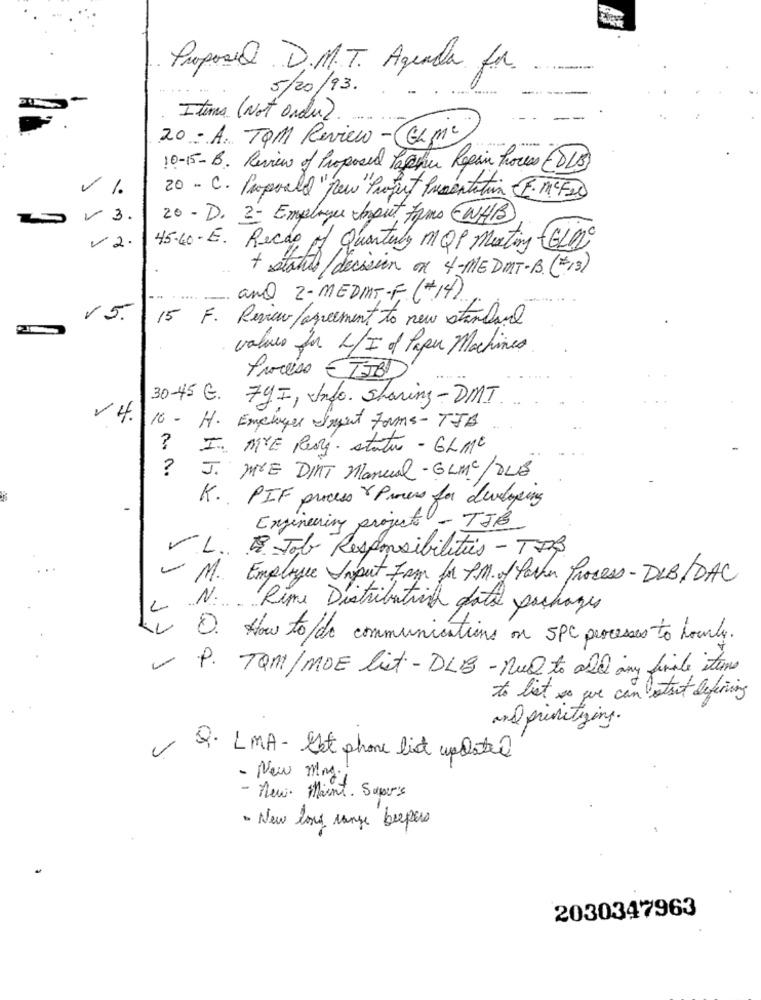
Proposed D. M.T. Agenda for
5/20/93.
Items (Not order).
20 - A. TOM Review -(GLMC)
10-15-B. Review of Proposed Pachu Repair houses (DLB)
1.
20 - C. Papoold "New Project Presentation F.MCFAD
3.
20 - D. 2- Employee Input toms (WHB
V 2.
45.40.E. Recap of Quarterly MQP meting (GLUC
+ stabil/decision on 4-MEDMT-B. (+13)
and 2-MEDIMT-F (#14)
V5.
15 F. Review/agreement to new standard
values for L/I of Paper Machines
Proceso ETJBD
30-45 G. FYI, Info. Sharing- DMT
V4.
16 - H. Emprayer Smut Farms- TIB
? I. MYE Resty. status - GLMC
?
J. M&E DINT Manual-GLMC/OLB
K. PIF process & Process for developing
-
Engineering projects - TJB
VL. 2. Job Responsibilities - TIB
- M. Employee Input Form for P.M. of Pacher Process- DLB/DAC
N. Rime Distribution data packages
IO. How to de communications on SPC processes to hourly.
P. TOM/MOE list - DLB - nul to and any finale items
to list so we can etset defining
and prioritizing.
Q. LMA - Ext phone list updated
- New my.
- new. Maint. Super's
- New long range beepers
2030347963